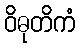
ဝိဓုတိကံ